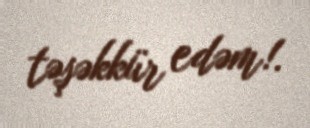
təşəkkür edəm!.